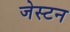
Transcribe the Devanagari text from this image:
जेस्टन